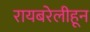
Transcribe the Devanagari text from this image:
रायबरेलीहून